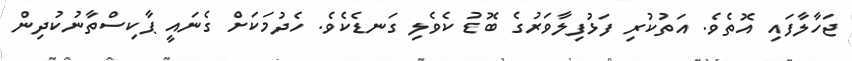
ޖަހާލާފައި އޮތެވެ. އަތުކުރި ފަޅުފިލާވަރުގެ ބޮޑު ކެވެލި ގަނޑެކެވެ. ހެދުމަކަށް ގެނައީ ޕާކިސްތާނުކުދިން